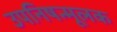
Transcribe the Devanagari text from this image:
उपनिषन्मूलक